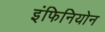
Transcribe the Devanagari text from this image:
इंफिनियोन